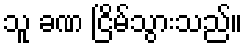
သူ ခဏ ငြိမ်သွားသည်။